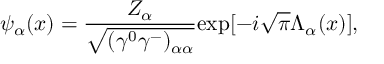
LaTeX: { \psi } _ { \alpha } ( x ) = \frac { Z _ { \alpha } } { \sqrt { ( { \gamma } ^ { 0 } { \gamma } ^ { - } ) _ { { \alpha } { \alpha } } } } \mathrm { e x p } [ - i \sqrt { \pi } { \Lambda } _ { \alpha } ( x ) ] ,